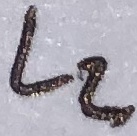
Text: L2